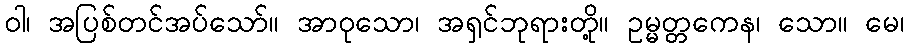
ဝါ၊ အပြစ်တင်အပ်သော်။ အာဝုသော၊ အရှင်ဘုရားတို့။ ဥမ္မတ္တကေန၊ သော။ မေ၊